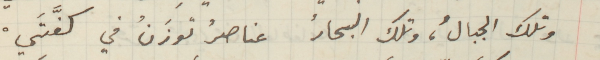
وتلك الجبالُ، وتلك البحارُ عناصرُ توزَنُ في كفَّتَيْ